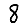
Digit: 8